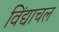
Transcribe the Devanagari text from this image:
विंद्याचल